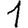
Digit: 1